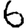
Digit: 6